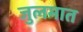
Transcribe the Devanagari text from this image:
जुलमात